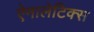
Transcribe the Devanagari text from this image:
ऐनालेटिक्स